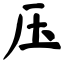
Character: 压